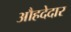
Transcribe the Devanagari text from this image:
औहदेदार